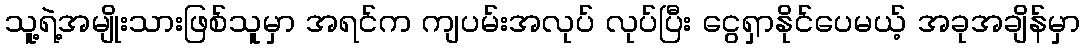
သူ့ရဲ့အမျိုးသားဖြစ်သူမှာ အရင်က ကျပမ်းအလုပ် လုပ်ပြီး ငွေရှာနိုင်ပေမယ့် အခုအချိန်မှာ